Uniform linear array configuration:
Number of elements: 24
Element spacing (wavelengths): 0.5
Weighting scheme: binomial
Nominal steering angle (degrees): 60
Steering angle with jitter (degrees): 60.265
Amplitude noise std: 0.05
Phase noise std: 0.05

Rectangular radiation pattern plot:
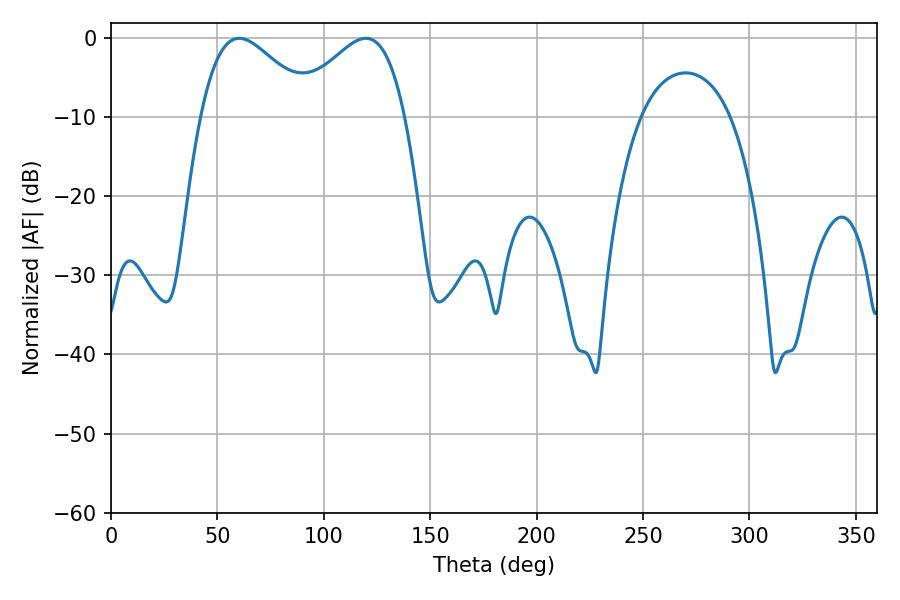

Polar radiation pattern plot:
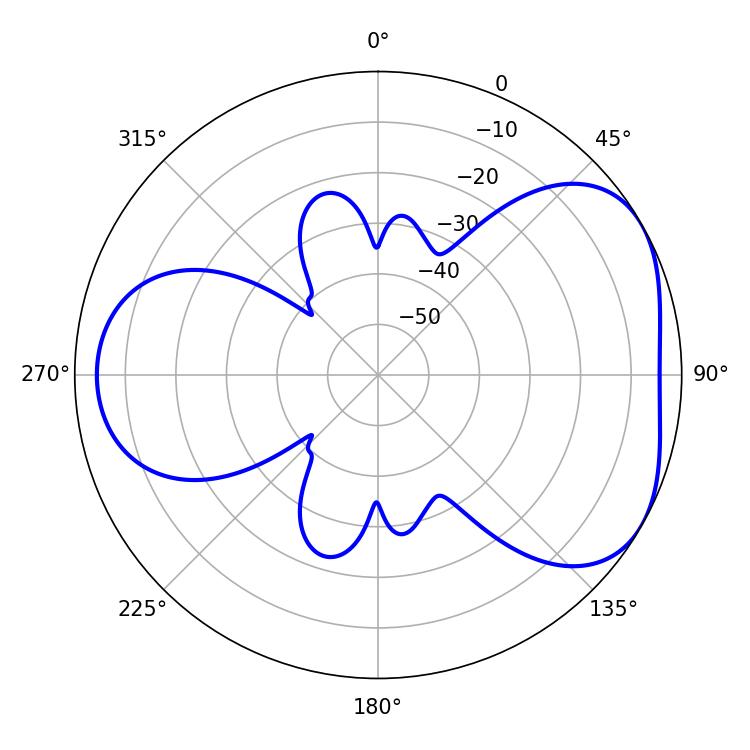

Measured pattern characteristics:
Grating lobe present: FALSE
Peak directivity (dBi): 4.436
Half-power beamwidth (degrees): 28.26
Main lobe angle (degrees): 60.3